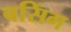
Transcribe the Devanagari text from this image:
बसिंग